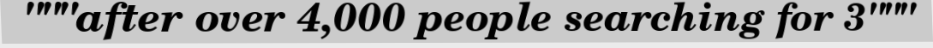
"""after over 4,000 people searching for 3"""